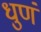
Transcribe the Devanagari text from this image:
धुणं